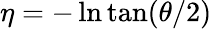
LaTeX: \eta=-\ln\tan(\theta/2)